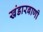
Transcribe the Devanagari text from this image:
खंडारबाणी